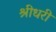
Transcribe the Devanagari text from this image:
श्रीधरी